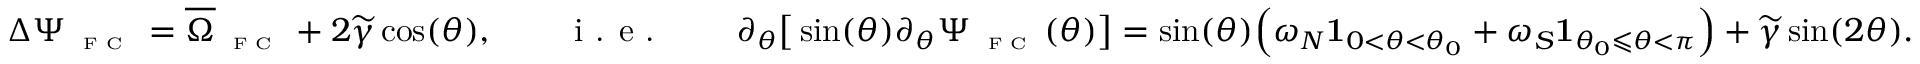
\Delta \Psi _ { \textnormal { \tiny { F C } } } = \overline { { \Omega } } _ { \textnormal { \tiny { F C } } } + 2 \widetilde { \gamma } \cos ( \theta ) , \qquad \textnormal { i . e . } \qquad \partial _ { \theta } \big [ \sin ( \theta ) \partial _ { \theta } \Psi _ { \textnormal { \tiny { F C } } } ( \theta ) \big ] = \sin ( \theta ) \Big ( \omega _ { N } \mathbf { 1 } _ { 0 < \theta < \theta _ { 0 } } + \omega _ { S } \mathbf { 1 } _ { \theta _ { 0 } \leqslant \theta < \pi } \Big ) + \widetilde { \gamma } \sin ( 2 \theta ) .